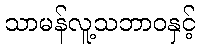
သာမန်လူ့သဘာဝနှင့်